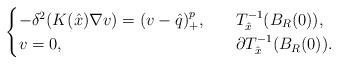
LaTeX: \begin{align*}\begin{cases}-\delta^2(K(\hat{x})\nabla v)= (v-\hat{q})^{p}_+,\ \ & \ T_{\hat{x}}^{-1}(B_R(0)),\\v=0,\ \ & \ \partial T_{\hat{x}}^{-1}(B_R(0)).\end{cases}\end{align*}